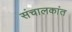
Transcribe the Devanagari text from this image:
संचालकांत